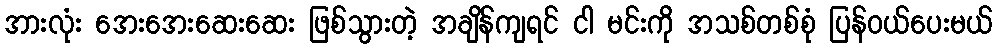
အားလုံး အေးအေးဆေးဆေး ဖြစ်သွားတဲ့ အချိန်ကျရင် ငါ မင်းကို အသစ်တစ်စုံ ပြန်ဝယ်ပေးမယ်